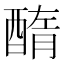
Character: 𨡽